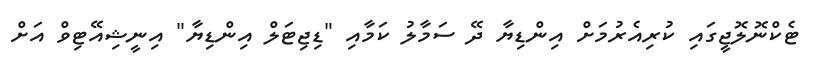
ޓެކްނޮލޮޖީގައި ކުރިއެރުމަށް އިންޑިޔާ ދޭ ސަމާލު ކަމާއި "ޑިޖިޓަލް އިންޑިޔާ" އިނީޝިއޭޓިވް އަށް